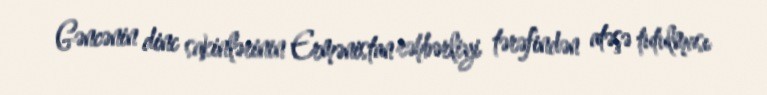
Gəncənin dinc sakinlərinin Ermənistan rəhbərliyi tərəfindən atəşə tutulması